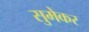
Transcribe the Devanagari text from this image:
सुमेकर